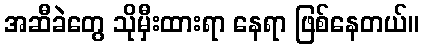
အဆီခဲတွေ သိုမှီးထားရာ နေရာ ဖြစ်နေတယ်။